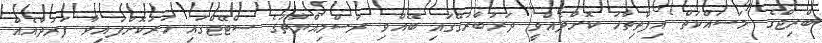
ބްރިޖްގެ މަސައްކަތް އިފްތިތާހު ކޮށްދެއްވީ ދަރުބާރުގޭގައި ބޭއްވި ރަސްމިއްޔާތުގެ ސްޓޭޖްގައި ހަރުކޮށްފައިވާ ފަރުދާއެއް